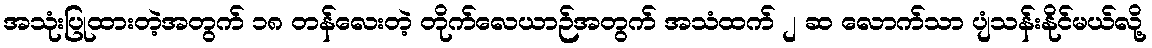
အသုံးပြုထားတဲ့အတွက် ၁၈ တန်လေးတဲ့ တိုက်လေယာဉ်အတွက် အသံထက် ၂ ဆ လောက်သာ ပျံသန်းနိုင်မယ်လို့